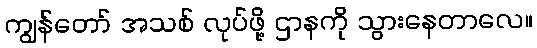
ကျွန်တော် အသစ် လုပ်ဖို့ ဌာနကို သွားနေတာလေ။